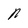
Character: N